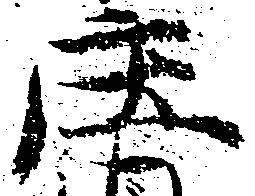
庄